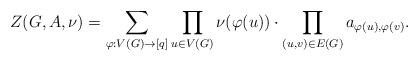
LaTeX: \begin{align*}Z(G,A,\nu)=\sum_{\varphi:V(G)\to [q]}\prod_{u\in V(G)}\nu(\varphi(u))\cdot \prod_{(u,v)\in E(G)}a_{\varphi(u),\varphi(v)}.\end{align*}